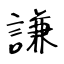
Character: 謙